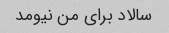
سالاد برای من نیومد